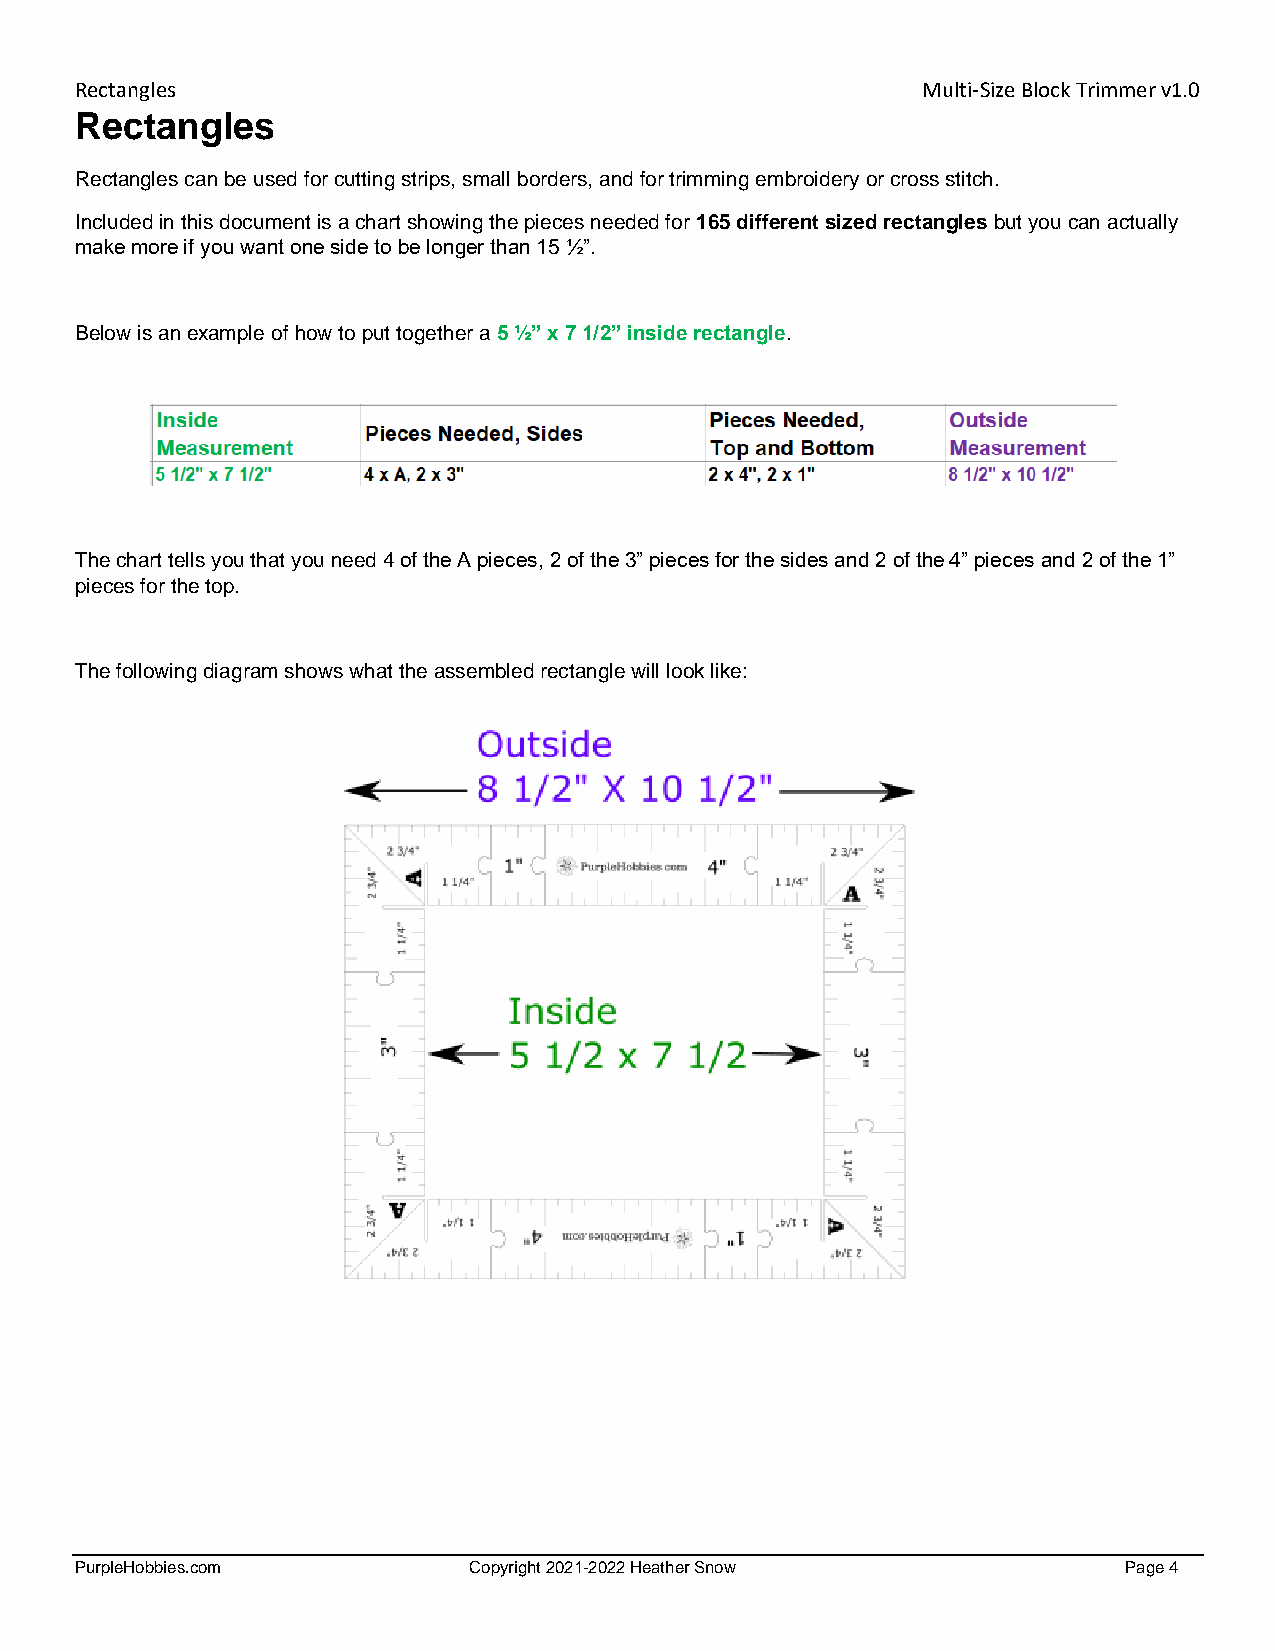
Rectangles                                              Multi-Size Block Trimmer v1.0
 Rectangles
 Rectangles can be used for cutting strips, small borders, and for trimming embroidery or cross stitch.
 Included in this document is a chart showing the pieces needed for 165 different sized rectangles but you can actually
 make more if you want one side to be longer than 15 ½”.
 Below is an example of how to put together a 5 ½” x 7 1/2” inside rectangle.
 The chart tells you that you need 4 of the A pieces, 2 of the 3” pieces for the sides and 2 of the 4” pieces and 2 of the 1”
 pieces for the top.
 The following diagram shows what the assembled rectangle will look like:
 PurpleHobbies.com         Copyright 2021-2022 Heather Snow            Page 4